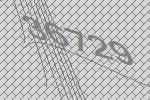
36729